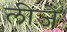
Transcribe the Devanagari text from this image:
लीजे